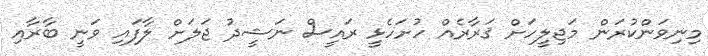
މިނިވަންކުރަން މަޖިލީހަށް ޤަރާރެއް ހުށަހެޅީ ރައީސް ނަޝީދު ޖަލަށް ލާފައި ވަނީ ބާރާއި